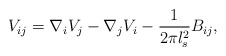
\begin{align*}V_{ij}=\nabla_iV_j-\nabla_jV_i-\frac{1}{2\pi l_s^2}B_{ij},\end{align*}